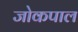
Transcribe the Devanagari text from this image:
जोकपाल